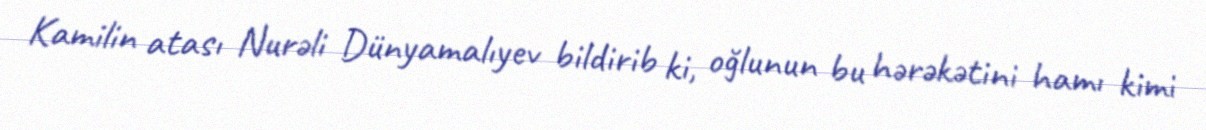
Kamilin atası Nurəli Dünyamalıyev bildirib ki, oğlunun bu hərəkətini hamı kimi